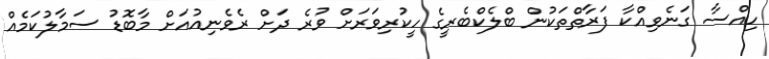
ހިއްސާ ގަނެވިއްކާ ފަރާތްތަކުން ބްލެކްބެރީގެ ހީކުރިވަރަށް ވުރެ ދަށް ރެވެނިއުއަށް މާބޮޑު ސަމާލުކަމެއް